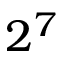
2 ^ { 7 }